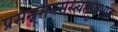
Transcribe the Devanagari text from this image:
प्रसन्नमनसस्त्वत्सुप्रभातं